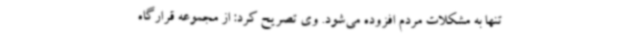
تنها به مشکلات مردم افزوده می‌شود. وی تصریح کرد: از مجموعه قرارگاه